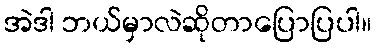
အဲဒါ ဘယ်မှာလဲဆိုတာပြောပြပါ။